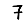
Digit: 7